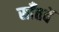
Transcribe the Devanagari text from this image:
साँतवें